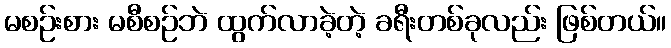
မစဉ်းစား မစီစဉ်ဘဲ ထွက်လာခဲ့တဲ့ ခရီးတစ်ခုလည်း ဖြစ်တယ်။